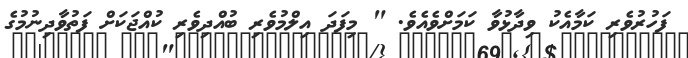
ފަހުރުވެރި ކަމާއެކު ވިދާޅުވާ ކަމަށްވެއެވެ. " މިފަދަ އިލްމުވެރި ބުއްދިވެރި ކުއްޖަކަށް ފަތުވާދިނުމުގެ